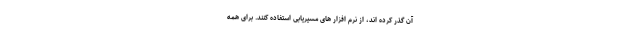
آن گذر کرده اند، از نرم افزار های مسیریابی استفاده کنند. برای همه